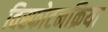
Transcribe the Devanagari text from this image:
विस्फोटनक्रिया